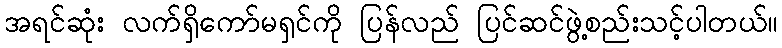
အရင်ဆုံး လက်ရှိကော်မရှင်ကို ပြန်လည် ပြင်ဆင်ဖွဲ့စည်းသင့်ပါတယ်။